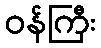
ဝန်ကြီး